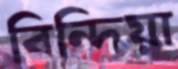
বিন্দিয়া